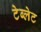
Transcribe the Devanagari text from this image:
टेब्लेट